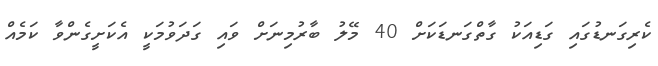
ކެރިގަނޑުގައި ގަޑިއަކު ގާތްގަނޑަކަށް 40 މޭލު ބާރުމިނަށް ވައި ގަދަވުމަކީ އެކަށީގެންވާ ކަމެއް